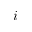
i